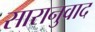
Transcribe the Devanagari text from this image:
सारानुवाद